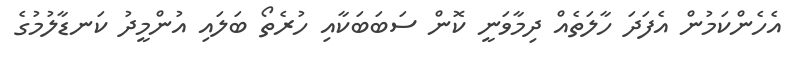
އެހެންކަމުން އެފަދަ ހާލަތެއް ދިމާވަނީ ކޮން ސަބަބަކާއި ހުރެތޯ ބަލައި އުންމީދު ކަނޑާލުމުގެ